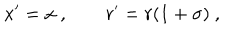
x ^ { \prime } = x ~ , \qquad r ^ { \prime } = r ( 1 + \sigma ) ~ ,